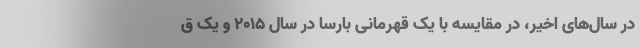
در سال‌های اخیر، در مقایسه با یک قهرمانی بارسا در سال 2015 و یک ق